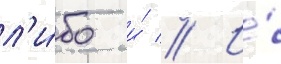
л'и́бо и́ // И́